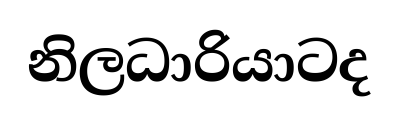
නිලධාරියාටද